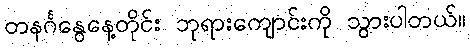
တနင်္ဂနွေနေ့တိုင်း ဘုရားကျောင်းကို သွားပါတယ်။